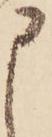
申